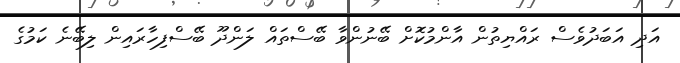
އަދި އަބަދުވެސް ރައްޔިތުން އާންމުކޮށް ބޭނުންވާ ބޭސްތައް ލަންދޫ ބޭސްފިހާރައިން ލިބޭނެ ކަމުގެ